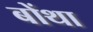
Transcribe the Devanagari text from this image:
बोंथा